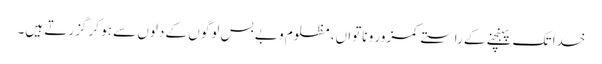
خدا تک پہنچنے کے راستے کمزور و ناتواں، مظلوم و بے بس لوگوں کے دلوں سے ہو کر گزرتے ہیں۔